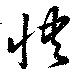
快